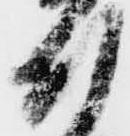
付